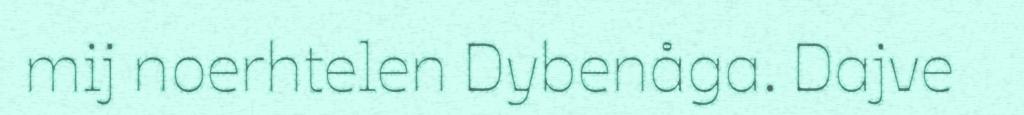
mij noerhtelen Dybenåga. Dajve